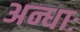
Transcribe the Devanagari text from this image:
अन्धाः